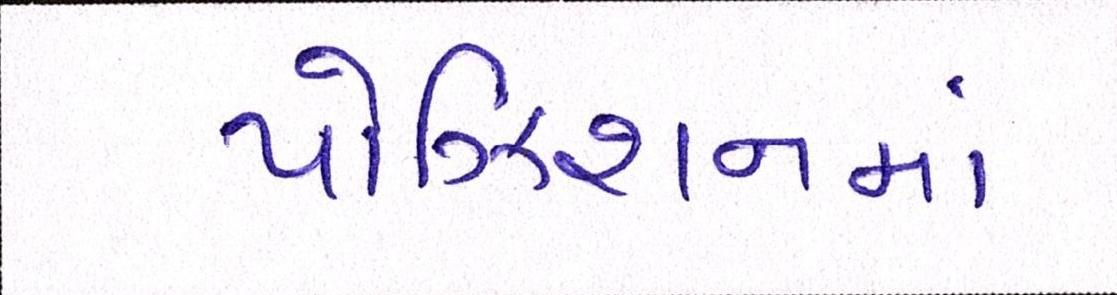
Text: પોઝિશનમાં